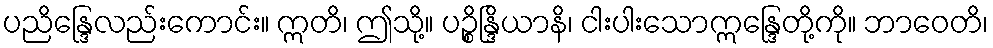
ပညိန္ဒြေလည်းကောင်း။ ဣတိ၊ ဤသို့။ ပဉ္စိန္ဒြိယာနိ၊ ငါးပါးသောဣန္ဒြေတို့ကို။ ဘာဝေတိ၊